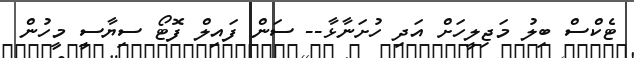
ޓެކްސް ބިލު މަޖިލީހަށް އަދި ހުށަނާޅާ-- ސަން ފައިލް ފޮޓޯ ސިޔާސީ މީހުން